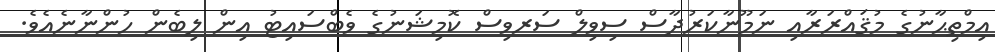
އިމްތިޙާނުގެ މުޤައްރަރާއި ނަމޫނާކަރުދާސް ސިވިލް ސަރވިސް ކޮމިޝަނުގެ ވެބްސައިޓު އިން ލިބެން ހުންނާނެއެވެ.